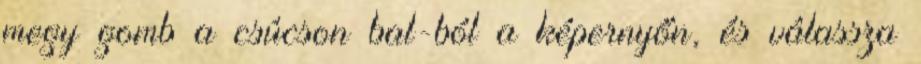
megy gomb a csúcson bal-ból a képernyőn, és válassza